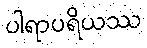
ပါရာပရိယဿ